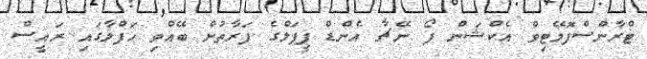
ޓްރާންސްފޮމޭޓިވް އެކްޝަން ފޯ ނޭޗާ އެންޑް ޕީޕަލްގެ ފަރާތުން ބޭއްވި ހަފްލާގައި ރައީސް